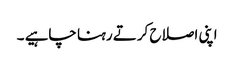
اپنی اصلاح کرتے رہنا چاہیے ۔